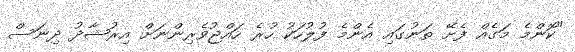
"ކޮންމެ މަގެއް ފެށޭ ތަނުގައި އެންމެ ފުލުހަކު ހުރެ ހައްޖުވެރިންނަށް އިރުޝާދު ދިނަސް